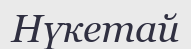
Нүкетай